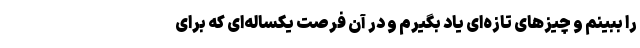
را ببینم و چیزهای تازه‌ای یاد بگیرم و در آن فرصت یکساله‌ای که برای